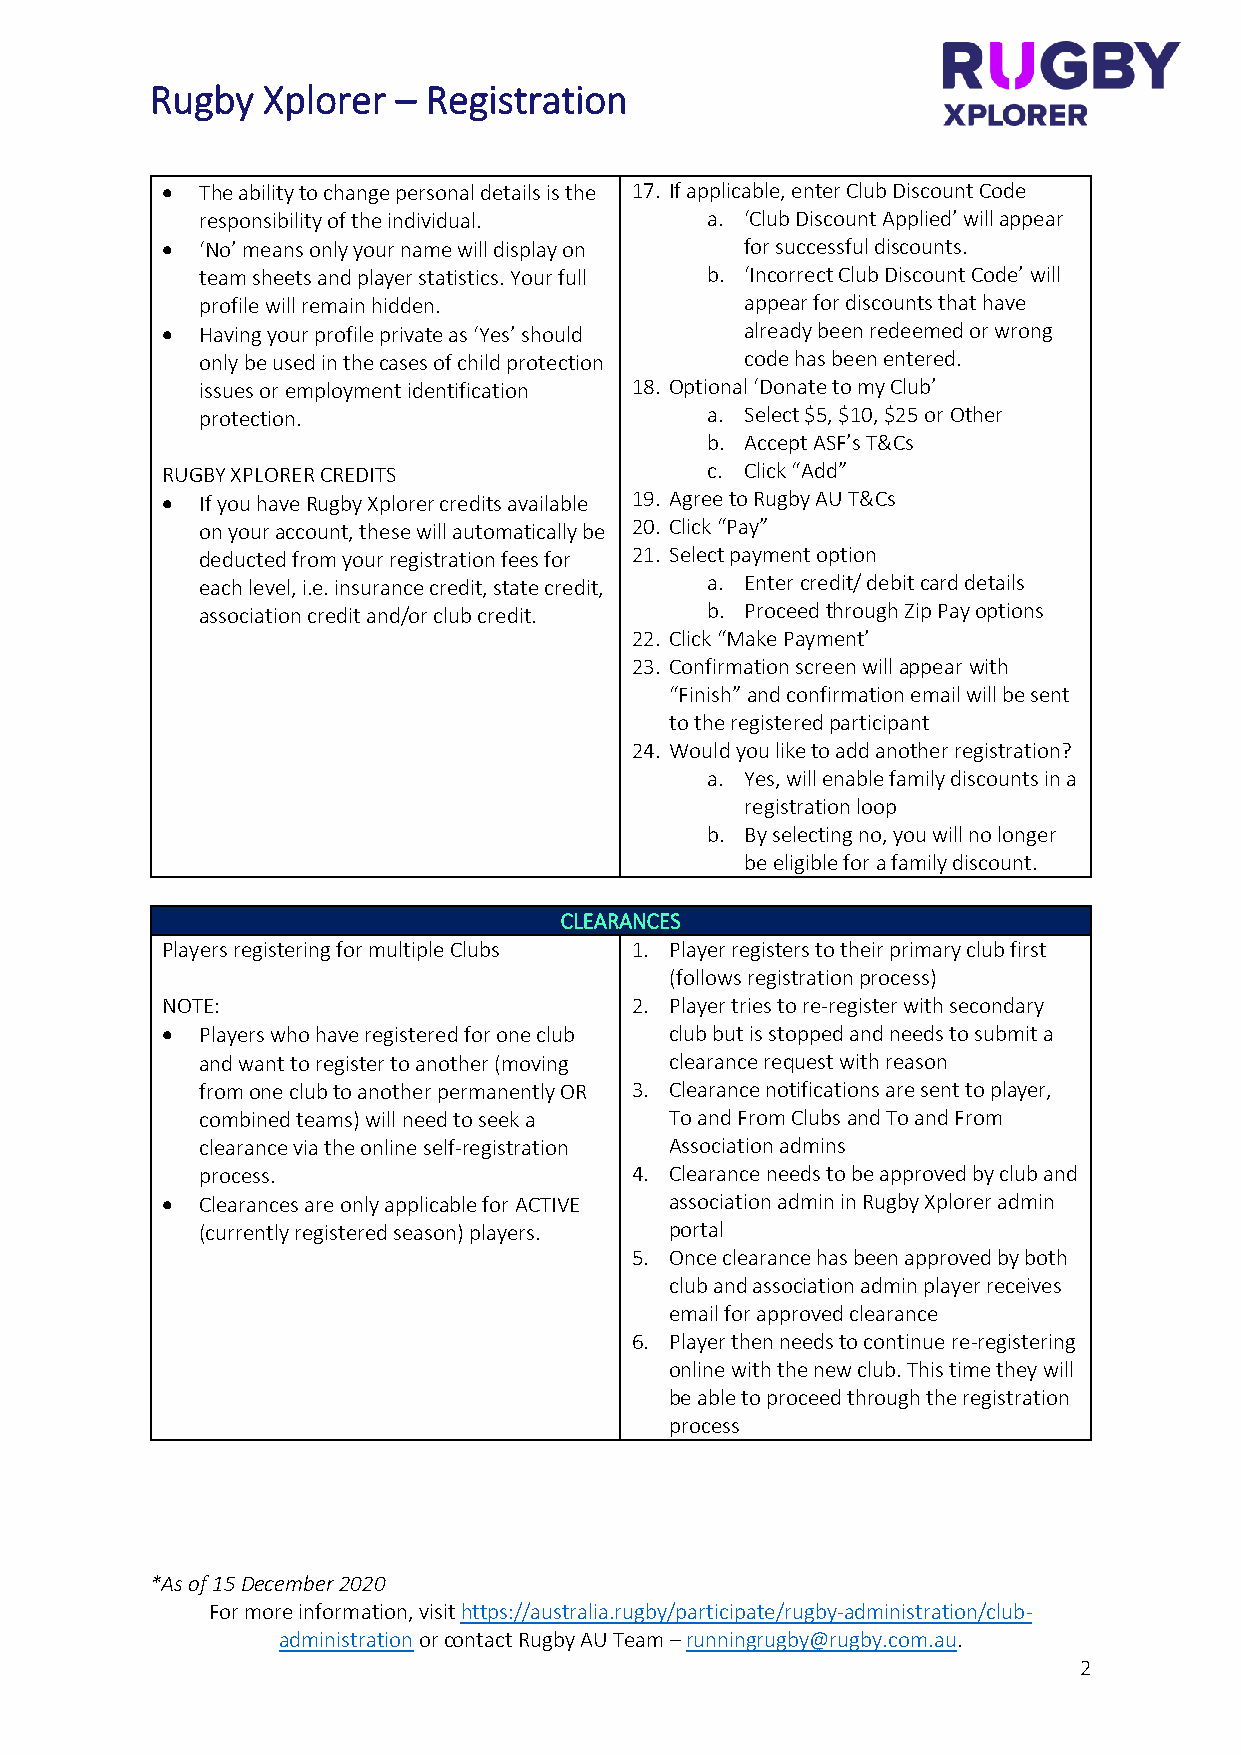
Rugby  Xplorer  – Registration
 • The ability to change personal details is the 17. If applicable, enter Club Discount Code
 responsibility of the individual. a. ‘Club Discount Applied’ will appear
 • ‘No’ means only your name will display on for successful discounts.
 team sheets and player statistics. Your full b. ‘Incorrect Club Discount Code’ will
 profile will remain hidden.         appear for discounts that have
 • Having your profile private as ‘Yes’ should already been redeemed or wrong
 only be used in the cases of child protection code has been entered.
 issues or employment identification 18. Optional ‘Donate to my Club’
 protection.                       a. Select $5, $10, $25 or Other
 b. Accept ASF’s T&Cs
 RUGBY XPLORER CREDITS               c. Click “Add”
 • If you have Rugby Xplorer credits available 19. Agree to Rugby AU T&Cs
 on your account, these will automatically be 20. Click “Pay”
 deducted from your registration fees for 21. Select payment option
 each level, i.e. insurance credit, state credit, a. Enter credit/ debit card details
 association credit and/or club credit. b. Proceed through Zip Pay options
 22. Click “Make Payment’
 23. Confirmation screen will appear with
 “Finish” and confirmation email will be sent
 to the registered participant
 24. Would you like to add another registration?
 a. Yes, will enable family discounts in a
 registration loop
 b. By selecting no, you will no longer
 be eligible for a family discount.
 CLEARANCES
 Players registering for multiple Clubs 1. Player registers to their primary club first
 (follows registration process)
 NOTE:                          2. Player tries to re-register with secondary
 • Players who have registered for one club club but is stopped and needs to submit a
 and want to register to another (moving clearance request with reason
 from one club to another permanently OR 3. Clearance notifications are sent to player,
 combined teams) will need to seek a To and From Clubs and To and From
 clearance via the online self-registration Association admins
 process.                     4. Clearance needs to be approved by club and
 • Clearances are only applicable for ACTIVE association admin in Rugby Xplorer admin
 (currently registered season) players. portal
 5. Once clearance has been approved by both
 club and association admin player receives
 email for approved clearance
 6. Player then needs to continue re-registering
 online with the new club. This time they will
 be able to proceed through the registration
 process
 *As of 15 December 2020
 For more information, visit https://australia.rugby/participate/rugby-administration/club-
 administration or contact Rugby AU Team – runningrugby@rugby.com.au.
 2